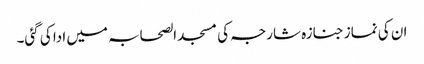
ان کی نماز جنازہ شارجہ کی مسجد الصحابہ میں ادا کی گئی۔